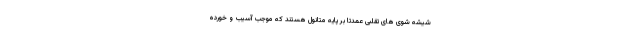
شیشه شوی های تقلبی عمدتا بر پایه متانول هستند که موجب آسیب و خورده